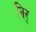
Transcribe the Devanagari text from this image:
निर्